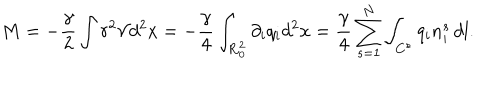
M = - \frac { \gamma } { 2 } \int r ^ { 2 } { \mathcal { V } } d ^ { 2 } x = - \frac { \gamma } { 4 } \int _ { { \bf { R } } _ { 0 } ^ { 2 } } \partial _ { i } q _ { i } d ^ { 2 } x = \frac { \gamma } { 4 } \sum _ { s = 1 } ^ { N } \int _ { C ^ { s } } q _ { i } n _ { i } ^ { s } \, d l .